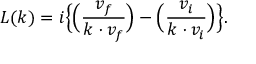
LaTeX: L ( k ) = i \Big \{ \Big ( { \frac { v _ { f } } { k \cdot v _ { f } } } \Big ) - \Big ( { \frac { v _ { i } } { k \cdot v _ { i } } } \Big ) \Big \} .